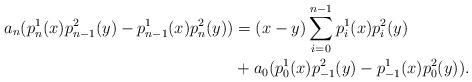
LaTeX: \begin{align*}a_n(p^1_n(x)p^2_{n-1}(y)-p^1_{n-1}(x)p^2_n(y))&=(x-y)\sum_{i=0}^{n-1}p^1_i(x)p^2_i(y)\\& +a_0(p^1_0(x) p^2_{-1}(y)-p^1_{-1}(x)p^2_0(y)).\end{align*}